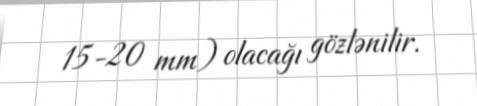
15-20 mm) olacağı gözlənilir.